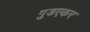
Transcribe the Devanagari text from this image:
गुडएकर